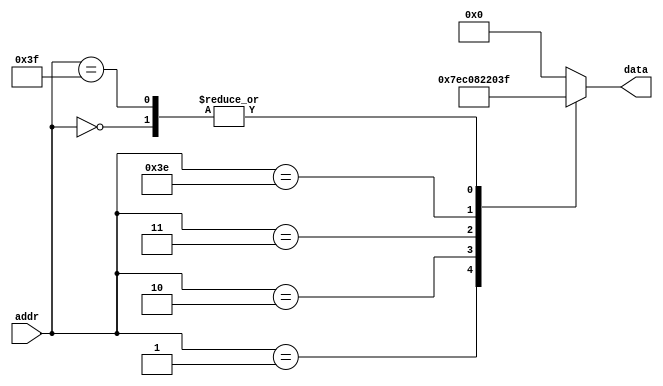
module mem(input [5:0] addr,output [7:0] data);
  reg [7:0] d;

  assign data = d;
    
  always @(addr)
  begin
      case(addr)
        6'd0:d = 8'b00_111111;//add ac+m[63]
        6'd1:d = 8'b01_111110;//and ac | m[62]
        6'd2:d = 8'b11_000000;//inc ac
        6'd3:d = 8'b10_000010;//jmp 2

        6'd62:d = 8'b00_100000;
        6'd63:d = 8'b00_111111; 
        default:d = 0;       
      endcase
  end
endmodule